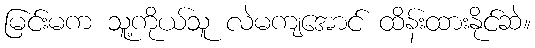
မြင်းမက သူ့ကိုယ်သူ လဲမကျအောင် ထိန်းထားနိုင်ဆဲ။